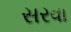
સરવા